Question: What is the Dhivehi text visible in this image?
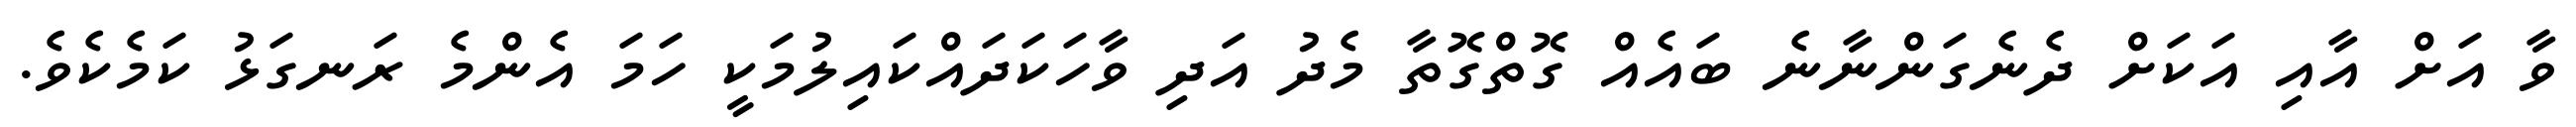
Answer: ވާ އަށް އާއި އަކަށް ދެނެގަންނާނެ ބައެއް ގޮތްގޮތާ މެދު އަދި ވާހަކަދައްކައިލުމަކީ ހަމަ އެންމެ ރަނގަޅު ކަމެކެވެ.